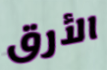
الأرق